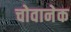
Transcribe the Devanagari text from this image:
चोवानेक